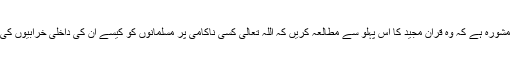
ایسے معترضین کو میرا مشورہ ہے کہ وہ قرآن مجید کا اس پہلو سے مطالعہ کریں کہ اللہ تعالیٰ کسی ناکامی پر مسلمانوں کو کیسے ان کی داخلی خرابیوں کی طرف متوجہ کرتے ہیں۔